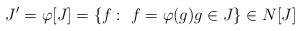
LaTeX: \begin{align*} J' = \varphi[J] = \{f: \ f= \varphi(g) g \in J \} \in N[J] \end{align*}